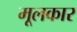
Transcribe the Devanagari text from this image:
मूलकार